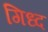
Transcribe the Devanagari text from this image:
गिध्द